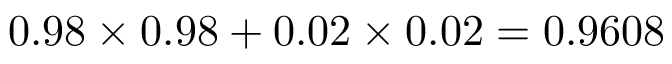
0 . 9 8 \times 0 . 9 8 + 0 . 0 2 \times 0 . 0 2 = 0 . 9 6 0 8